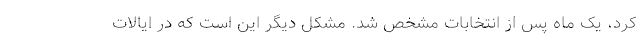
کرد، یک ماه پس از انتخابات مشخص شد. مشکل دیگر این است که در ایالات